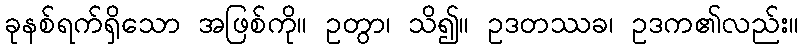
ခုနစ်ရက်ရှိသော အဖြစ်ကို။ ဥတွာ၊ သိ၍။ ဥဒတဿခ၊ ဥဒက၏လည်း။